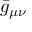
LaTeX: { \bar { g } } _ { \mu \nu }